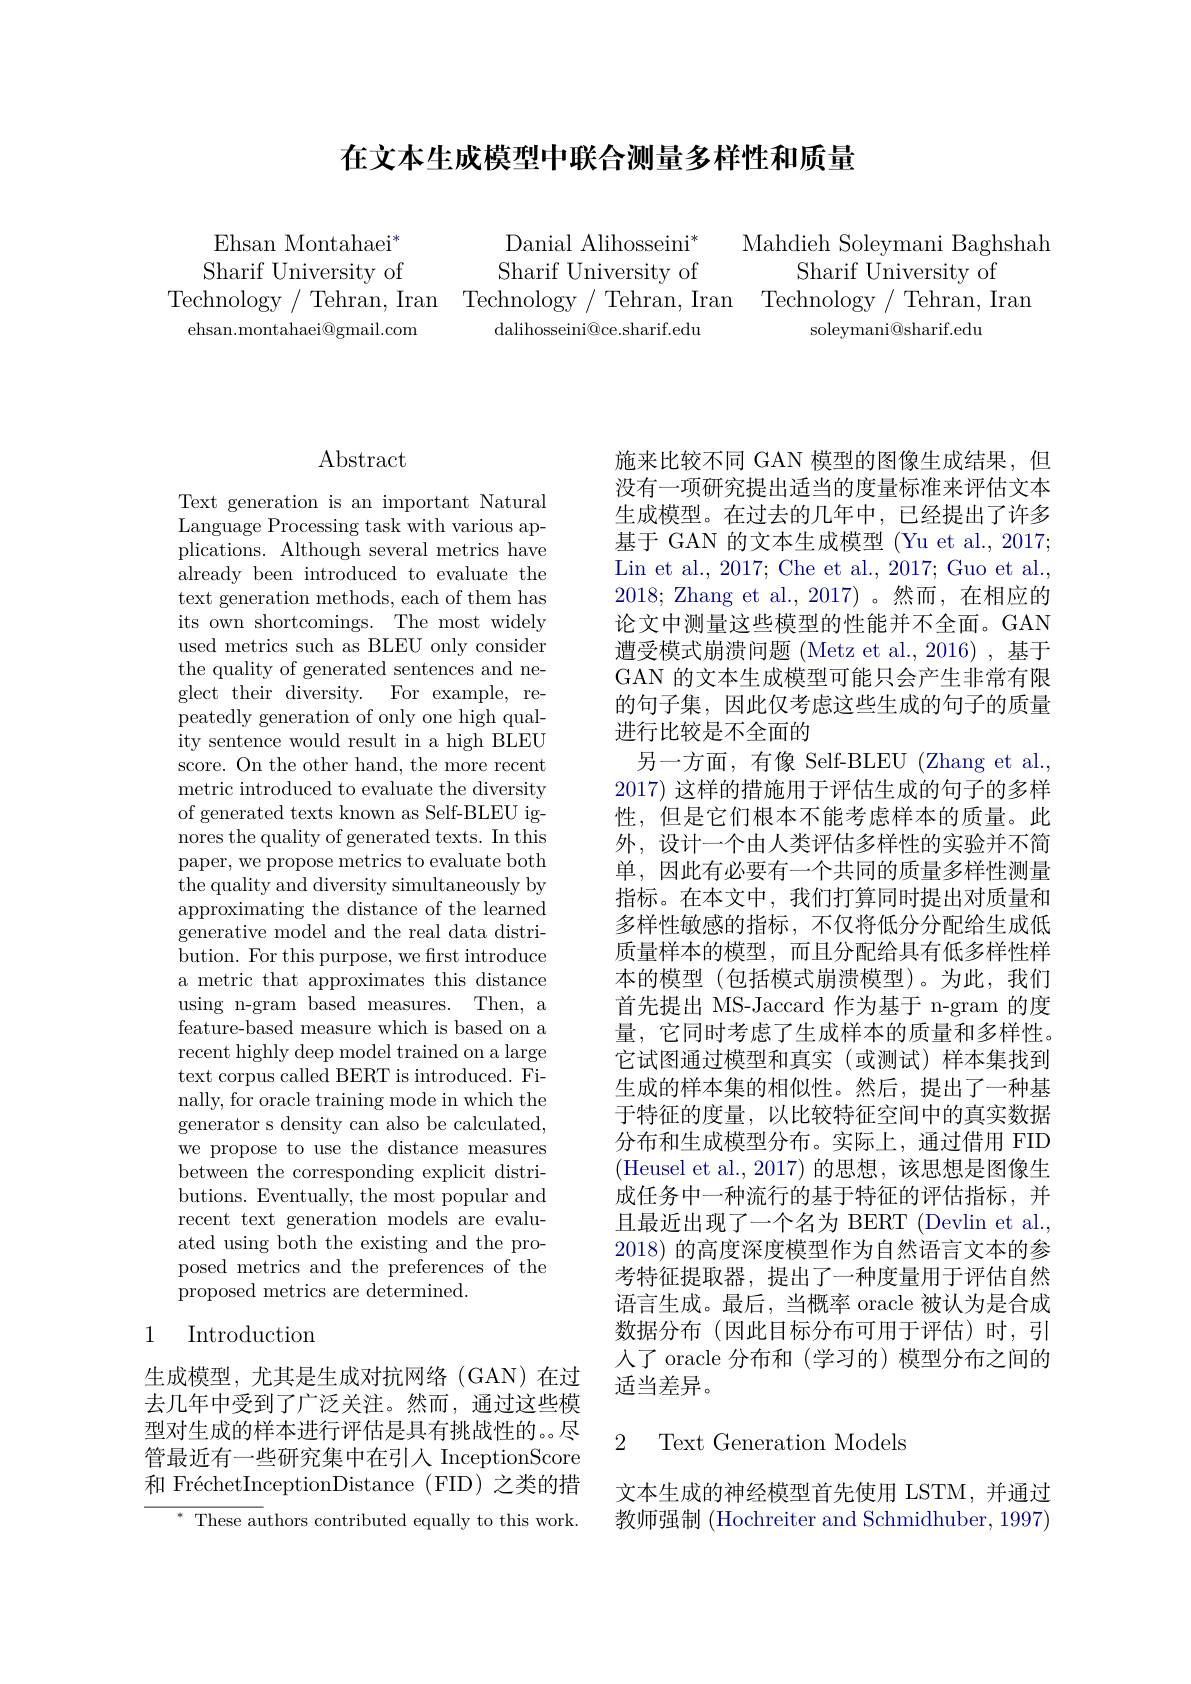
在文本生成模型中联合测量多样性和质量

Mahdieh Soleymani Baghshah
Sharif University of soleymani@sharif.edu

Ehsan Montahaei$^*$ Sharif University of
Technology/ Tehran, Iran Technology/ Tehran, Iran Technology/ Tehran, Iran
ehsan.montahaei@gmail.com

Danial Alihosseini$^*$ Sharif University of dalihosseini@ce.sharif.edu

# Abstract

Text generation is an important Natural Language Processing task with various applications. Although several metrics have already been introduced to evaluate the text generation methods, each of them has its own shortcomings. The most widely used metrics such as BLEU only consider the quality of generated sentences and neglect their diversity. For example, repeatedly generation of only one high quality sentence would result in a high BLEU score. On the other hand, the more recent metric introduced to evaluate the diversity of generated texts known as Self-BLEU ignores the quality of generated texts. In this paper, we propose metrics to evaluate both the quality and diversity simultaneously by approximating the distance of the learned generative model and the real data distribution. For this purpose, we first introduce a metric that approximates this distance using n-gram based measures. Then, a feature-based measure which is based on a recent highly deep model trained on a large text corpus called BERT is introduced. Finally, for oracle training mode in which the generator s density can also be calculated, we propose to use the distance measures between the corresponding explicit distributions. Eventually, the most popular and recent text generation models are evaluated using both the existing and the proposed metrics and the preferences of the proposed metrics are determined.

## 1 Introduction

生成模型，尤其是生成对抗网络(GAN)在过去几年中受到了广泛关注。然而，通过这些模型对生成的样本进行评估是具有挑战性的。。尽管最近有一些研究集中在引人 InceptionScore 和 FréchetInceptionDistance (FID) 之类的措
$^*$ These authors contributed equally to this work.

施来比较不同 GAN 模型的图像生成结果，但没有一项研究提出适当的度量标准来评估文本生成模型。在过去的几年中，已经提出了许多基于 GAN 的文本生成模型 (Yu et al., 2017; Lin et al., 2017; Che et al., 2017; Guo et al., 2018; Zhang et al., 2017)。然而，在相应的论文中测量这些模型的性能并不全面。GAN 遭受模式崩溃问题 (Metz et al., 2016) , 基于GAN 的文本生成模型可能只会产生非常有限的句子集，因此仅考虑这些生成的句子的质量进行比较是不全面的
另一方面，有像 Self-BLEU (Zhang et al., 2017) 这样的措施用于评估生成的句子的多样性，但是它们根本不能考虑样本的质量。此外，设计一个由人类评估多样性的实验并不简单，因此有必要有一个共同的质量多样性测量指标。在本文中，我们打算同时提出对质量和多样性敏感的指标，不仅将低分分配给生成低质量样本的模型，而且分配给具有低多样性样本的模型(包括模式崩溃模型)。为此，我们首先提出 MS-Jaccard 作为基于 n-gram 的度量，它同时考虑了生成样本的质量和多样性。它试图通过模型和真实(或测试)样本集找到生成的样本集的相似性。然后，提出了一种基于特征的度量，以比较特征空间中的真实数据分布和生成模型分布。实际上，通过借用 FID (Heusel et al.,2017)的思想，该思想是图像生成任务中一种流行的基于特征的评估指标，并且最近出现了一个名为 BERT (Devlin et al., 2018) 的高度深度模型作为自然语言文本的参考特征提取器，提出了一种度量用于评估自然语言生成。最后，当概率 oracle 被认为是合成数据分布(因此目标分布可用于评估)时，引人了 oracle 分布和 (学习的) 模型分布之间的适当差异。

### 2 Text Generation Models

文本生成的神经模型首先使用 LSTM,并通过教师强制 (Hochreiter and Schmidhuber, 1997)